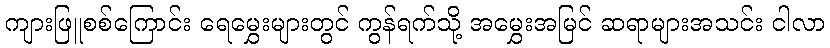
ကျားဖြူစစ်ကြောင်း ရေမွှေးများတွင် ကွန်ရက်သို့ အမွှေးအမြင် ဆရာများအသင်း ငါလာ